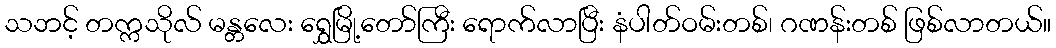
သဘင့် တက္ကသိုလ် မန္တလေး ရွှေမြို့တော်ကြီး ရောက်လာပြီး နံပါတ်ဝမ်းတစ်၊ ဂဏန်းတစ် ဖြစ်လာတယ်။